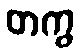
တကွ